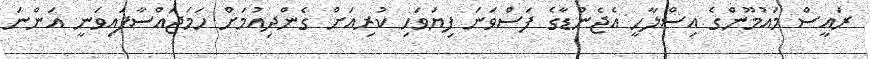
ރައީސް މައުމޫންގެ އިސްލާހީ އެޖެންޑާގެ ފަސްވަނަ ފިޔަވަހި ކުރިއަށް ގެންދިއުމަށް ހަމަޖައްސާފައިވަނީ އަންނަ